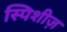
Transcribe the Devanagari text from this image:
स्पिशीज़